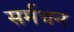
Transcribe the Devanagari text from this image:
सर्मथन